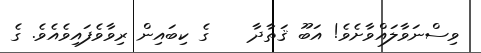
ވިސްނަވާލައްވާށެވެ! އަބޫ ޤަތާދާ    ގެ ކިބައިން ރިވާވެފައިވެއެވެ. ގެ